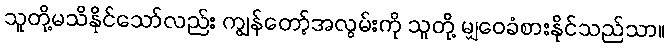
သူတို့မသိနိုင်သော်လည်း ကျွန်တော့်အလွမ်းကို သူတို့ မျှဝေခံစားနိုင်သည်သာ။